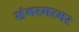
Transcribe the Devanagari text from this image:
संगरमरमर